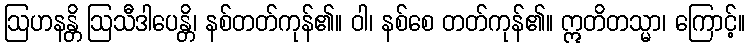
ဩဟနန္တိ ဩသီဒါပေန္တိ၊ နစ်တတ်ကုန်၏။ ဝါ၊ နစ်စေ တတ်ကုန်၏။ ဣတိတသ္မာ၊ ကြောင့်။